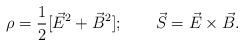
LaTeX: \begin{align*}\rho = {1\over2} [\vec E^2+\vec B^2];\qquad\vec S = \vec E \times \vec B.\end{align*}